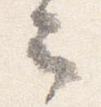
云